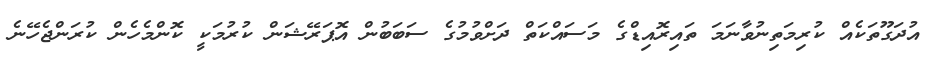
އުދަގޫތަކެއް ކުރިމަތިނުވާނަމަ ތައިރޮއިޑްގެ މަސައްކަތް ދަށްވުމުގެ ސަބަބުން އޮޕަރޭޝަން ކުރުމަކީ ކޮންމެހެން ކުރަންޖެހޭނެ